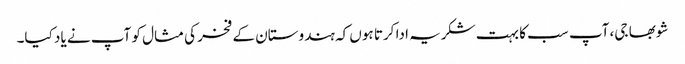
شوبھا جی، آپ سب کا بہت شکریہ ادا کرتا ہوں کہ ہندوستان کے فخر کی مثال کو آپ نے یاد کیا۔